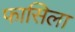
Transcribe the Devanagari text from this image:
फासिला